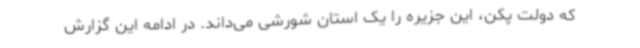
که دولت پکن، این جزیره را یک استان شورشی می‌داند. در ادامه این گزارش